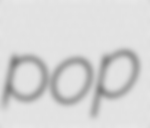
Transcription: pop